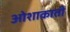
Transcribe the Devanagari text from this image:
ओशाकाती